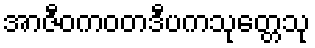
အာဇီဝကဝတဒီပကသုတ္တေသု